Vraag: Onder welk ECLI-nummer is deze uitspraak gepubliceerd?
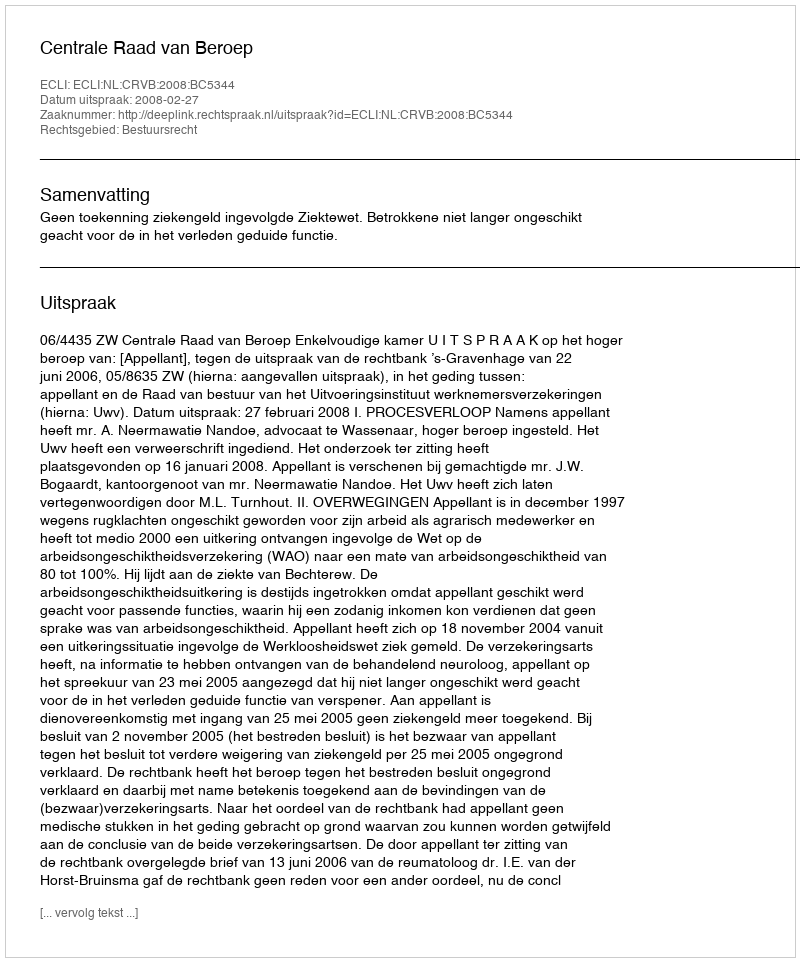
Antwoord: ECLI:NL:CRVB:2008:BC5344